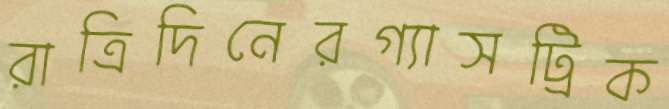
রাত্রিদিনেরগ্যাসট্রিক